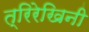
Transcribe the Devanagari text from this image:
त्रिरेखिनी